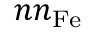
n n _ { \mathrm { F e } }